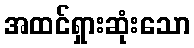
အထင်ရှားဆုံးသော